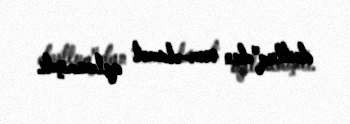
dostluq"dan əsər-əlamət qalmamışdı.